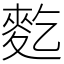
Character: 麧